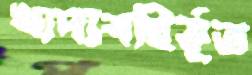
খাদ্যবহির্ভূত